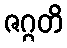
ဇဂ္ဂတိ